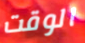
الوقت